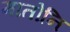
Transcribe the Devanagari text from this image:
मातोनि